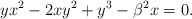
\begin{align*}y x^{2}-2 x y^2 +y^3 -\beta^{2}x=0. \end{align*}